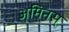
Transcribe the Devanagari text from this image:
अमिनस्